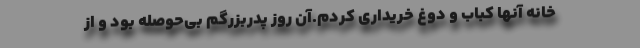
خانه آنها کباب و دوغ خریداری کردم.آن روز پدربزرگم بی‌حوصله بود و از